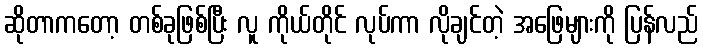
ဆိုတာကတော့ တစ်ခုဖြစ်ပြီး လူ ကိုယ်တိုင် လုပ်ကာ လိုချင်တဲ့ အဖြေများကို ပြန်လည်